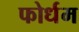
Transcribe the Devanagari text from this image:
फोर्धम